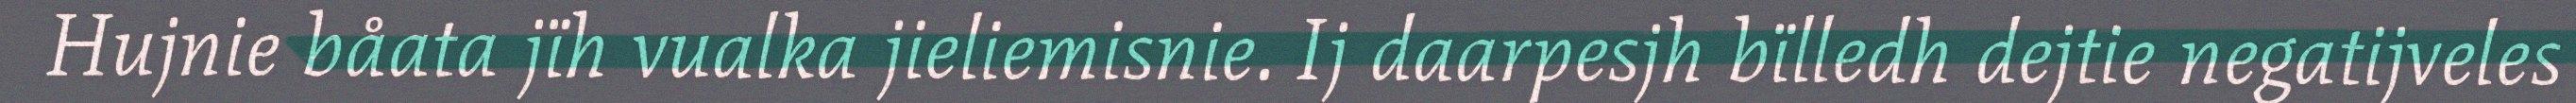
Hujnie båata jïh vualka jieliemisnie. Ij daarpesjh bïlledh dejtie negatijveles